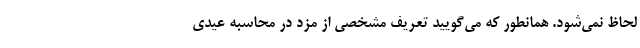
لحاظ نمی‌شود. همانطور که می‌گویید تعریف مشخصی از مزد در محاسبه عیدی